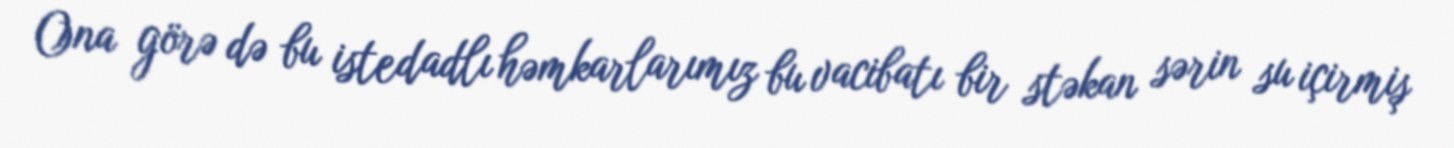
Ona görə də bu istedadlı həmkarlarımız bu vacibatı bir stəkan sərin su içirmiş